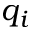
q _ { i }